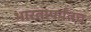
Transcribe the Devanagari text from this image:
भारतापर्यंतच